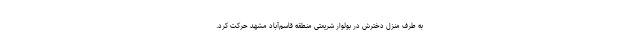
به طرف منزل دخترش در بولوار شریعتی منطقه قاسم‌آباد مشهد حرکت کرد.